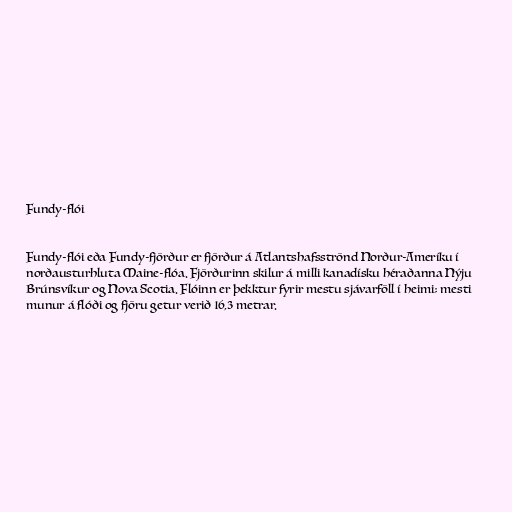
Fundy-flói

Fundy-flói eða Fundy-fjörður er fjörður á Atlantshafsströnd Norður-Ameríku í
norðausturhluta Maine-flóa. Fjörðurinn skilur á milli kanadísku héraðanna Nýju
Brúnsvíkur og Nova Scotia. Flóinn er þekktur fyrir mestu sjávarföll í heimi; mesti
munur á flóði og fjöru getur verið 16,3 metrar.